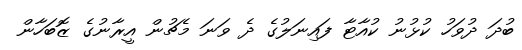
ބުދަ ދުވަހު ކުޅުނު ކުއާޓާ ފައިނަލުގެ ދެ ވަނަ މެޗުން އީރާނުގެ ޒޮބަހާން